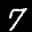
Label: 7